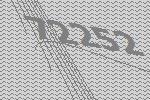
72252